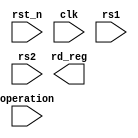
//////////////////////////////////////////////////////////////////////////////////
// 
// Design Name: risc-v 
// Module Name: alu_i
// Project Name: yarv
// Target Devices: 
// Tool Versions: 
// Description: 
// 
// Dependencies: 
// 
// Revision:
// Revision 0.01 - File Created
// Additional Comments: tis file implements the "I" part of the RISC V ISA
// 
//////////////////////////////////////////////////////////////////////////////////
module alu_i 
#(
  parameter INSTR_WIDTH = 4,
  parameter DATA_WIDTH = 32
)
(
  input wire rst_n,
  input wire clk,
  // operands and opcode
  input wire [DATA_WIDTH - 1: 0] rs1,
  input wire [DATA_WIDTH - 1: 0] rs2,
  input wire [INSTR_WIDTH - 1: 0] operation,
  // result
  output reg [DATA_WIDTH - 1: 0] rd_reg
);

  localparam INSTR_ADD = 0;
  localparam INSTR_SLT = 1;
  localparam INSTR_SLTU = 2;
  localparam INSTR_AND = 3;
  localparam INSTR_OR = 4;
  localparam INSTR_XOR = 5;
  localparam INSTR_SLL = 6;
  localparam INSTR_SRL = 7;
  localparam INSTR_SUB = 8;
  localparam INSTR_SRA = 9;
  
  always@(negedge rst_n, posedge clk)
  if(!rst_n)
    begin
    end
  else
    begin
      //todo   
    end
endmodule